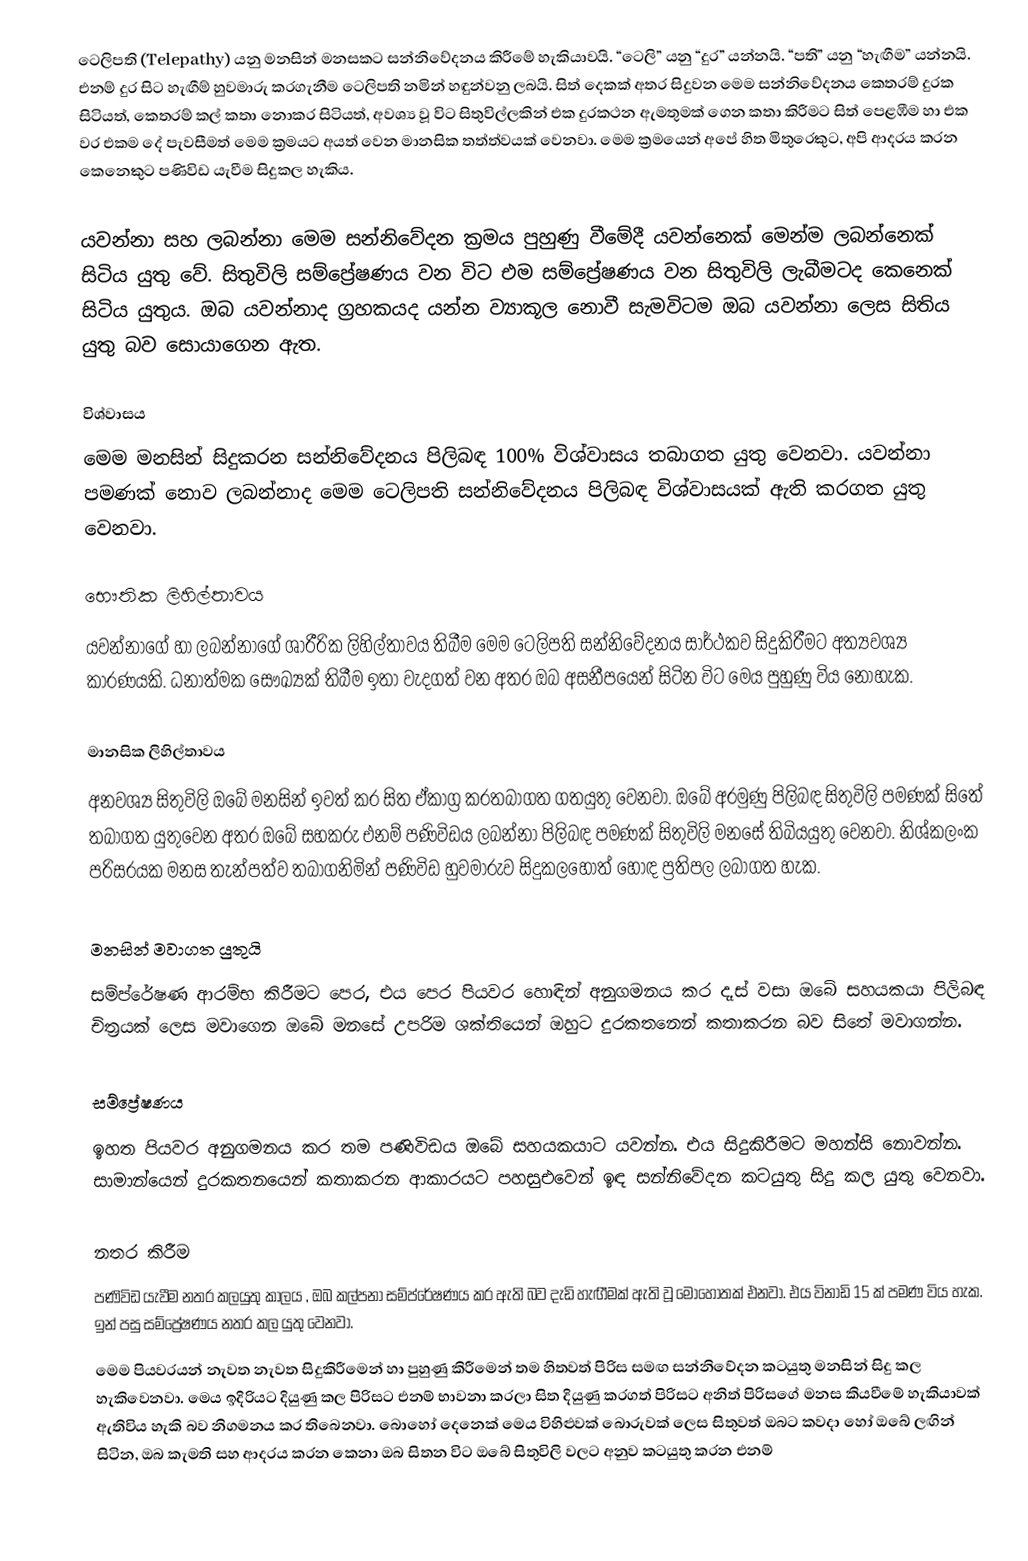
ටෙලිපති (Telepathy) යනු මනසින් මනසකට සන්නිවේදනය කිරීමේ හැකියාවයි. “ටෙලි” යනු “දුර” යන්නයි. “පති” යනු “හැඟීම” යන්නයි. එනම් දුර සිට හැඟීම් හුවමාරු කරගැනීම ටෙලිපති නමින් හඳුන්වනු ලබයි. සිත් දෙකක් අතර  සිදුවන මෙම සන්නිවේදනය කෙතරම් දුරක සිටියත්, කෙතරම් කල් කතා නොකර සිටියත්, අවශ්‍ය වූ විට සිතුවිල්ලකින් එක දුරකථන ඇමතුමක් ගෙන කතා කිරීමට සිත් පෙළඹීම හා එක වර එකම දේ පැවසීමත් මෙම ක්‍රමයට අයත් වෙන මානසික තත්ත්වයක් වෙනවා. මෙම ක්‍රමයෙන් අපේ හිත මිතුරෙකුට, අපි ආදරය කරන කෙනෙකුට පණිවිඩ යැවීම සිදුකල හැකිය.

යවන්නා සහ ලබන්නා මෙම සන්නිවේදන ක්‍රමය පුහුණු වීමේදී යවන්නෙක් මෙන්ම ලබන්නෙක් සිටිය යුතු වේ. සිතුවිලි සම්ප්‍රේෂණය වන විට එම සම්ප්‍රේෂණය වන සිතුවිලි ලැබීමටද කෙනෙක් සිටිය යුතුය. ඔබ යවන්නාද ග්‍රහකයද යන්න ව්‍යාකූල නොවී සැමවිටම ඔබ යවන්නා ලෙස සිතිය යුතු බව සොයාගෙන ඇත.

විශ්වාසය
මෙම මනසින් සිදුකරන සන්නිවේදනය පිලිබඳ 100% විශ්වාසය තබාගත යුතු වෙනවා. යවන්නා පමණක් නොව ලබන්නාද මෙම ටෙලිපති සන්නිවේදනය පිලිබඳ විශ්වාසයක් ඇති කරගත යුතු වෙනවා.

භෞතික ලිහිල්තාවය
යවන්නාගේ හා ලබන්නාගේ ශාරීරික ලිහිල්තාවය තිබීම මෙම ටෙලිපති සන්නිවේදනය සාර්ථකව සිදුකිරීමට අත්‍යවශ්‍ය කාරණයකි. ධනාත්මක සෞඛ්‍යක් තිබීම ඉතා වැදගත් වන අතර ඔබ අසනීපයෙන් සිටින විට මෙය පුහුණු විය නොහැක.

මානසික ලිහිල්තාවය
අනවශ්‍ය සිතුවිලි ඔබේ මනසින් ඉවත් කර සිත ඒකාග්‍ර කරතබාගත ගතයුතු වෙනවා. ඔබේ අරමුණු පිලිබඳ සිතුවිලි පමණක් සිතේ තබාගත යුතුවෙන අතර ඔබේ සහකරු එනම් පණිවිඩය ලබන්නා පිලිබඳ පමණක් සිතුවිලි මනසේ තිබියයුතු වෙනවා. නිශ්කලංක පරිසරයක මනස තැන්පත්ව තබාගනිමින් පණිවිඩ හුවමාරුව සිදුකලහොත් හොඳ ප්‍රතිපල ලබාගත හැක.

මනසින් මවාගත යුතුයි
සම්ප්රේෂණ ආරම්භ කිරීමට පෙර, එය පෙර පියවර හොඳින් අනුගමනය කර දෑස් වසා ඔබේ සහයකයා පිලිබඳ චිත්‍රයක් ලෙස මවාගෙන ඔබේ මනසේ උපරිම ශක්තියෙන් ඔහුට දුරකතනෙන් කතාකරන බව සිතේ මවාගන්න.

සම්ප්‍රේෂණය
ඉහත පියවර අනුගමනය කර තම පණිවිඩය ඔබේ සහයකයාට යවන්න. එය සිදුකිරීමට මහන්සි නොවන්න. සාමාන්යෙන් දුරකතනයෙන් කතාකරන ආකාරයට පහසුඑවෙන් ඉඳ සන්නිවේදන කටයුතු සිදු කල යුතු වෙනවා.

නතර කිරීම
පණිවිඩ යැවීම නතර කලයුතු කාලය , ඔබ කල්පනා සම්ප්රේෂණය කර ඇති බව දැඩි හැඟීමක් ඇති වූ මොහොතක් එනවා. එය විනාඩි 15 ක් පමණ විය හැක. ඉන් පසු සම්ප්‍රේෂණය නතර කල යුතු වෙනවා.
මෙම පියවරයන් නැවත නැවත සිදුකිරීමෙන් හා පුහුණු කිරීමෙන් තම හිතවත් පිරිස සමඟ සන්නිවේදන කටයුතු මනසින් සිදු කල හැකිවෙනවා. මෙය ඉදිරියට දියුණු කල පිරිසට එනම් භාවනා කරලා සිත දියුණු කරගත් පිරිසට අනිත් පිරිසගේ මනස කියවීමේ හැකියාවක් ඇතිවිය හැකි බව නිගමනය කර තිබෙනවා. බොහෝ දෙනෙක් මෙය විහිළුවක් බොරුවක් ලෙස සිතුවත් ඔබට කවදා හෝ ඔබේ ලඟින් සිටින, ඔබ කැමති සහ ආදරය කරන කෙනා ඔබ සිතන විට ඔබේ සිතුවිලි වලට අනුව කටයුතු කරන එනම්